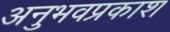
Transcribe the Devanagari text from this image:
अनुभवप्रकाश